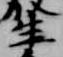
生